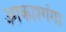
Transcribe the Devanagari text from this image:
आकाश्गंगा